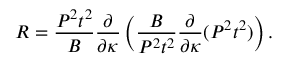
R = { \frac { P ^ { 2 } t ^ { 2 } } { B } } { \frac { \partial } { \partial \kappa } } \left( { \frac { B } { P ^ { 2 } t ^ { 2 } } } { \frac { \partial } { \partial \kappa } } ( P ^ { 2 } t ^ { 2 } ) \right) .